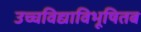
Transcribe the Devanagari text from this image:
उच्चविद्याविभूषितब